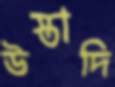
উস্তাদি